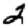
Digit: 2